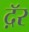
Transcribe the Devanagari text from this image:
दॅ़र